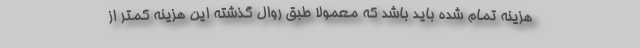
هزینه تمام شده باید باشد که معمولا طبق روال گذشته این هزینه کمتر از